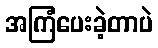
အကြံပေးခဲ့တာပဲ